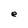
Character: e